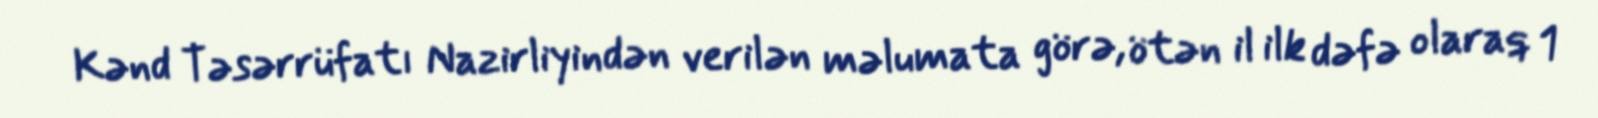
Kənd Təsərrüfatı Nazirliyindən verilən məlumata görə, ötən il ilk dəfə olaraq 1